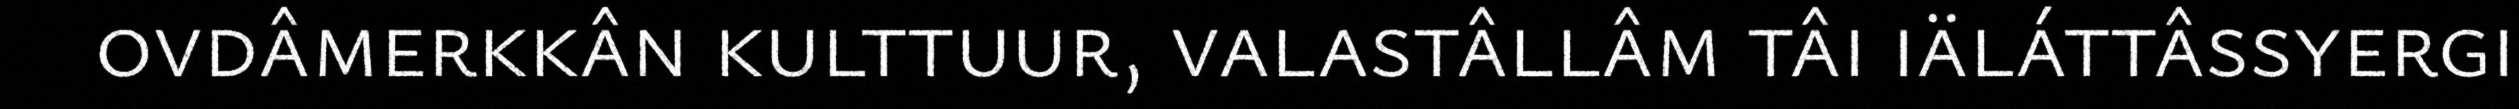
ovdâmerkkân kulttuur, valastâllâm tâi iäláttâssyergi